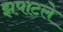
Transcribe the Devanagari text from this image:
झपाटले